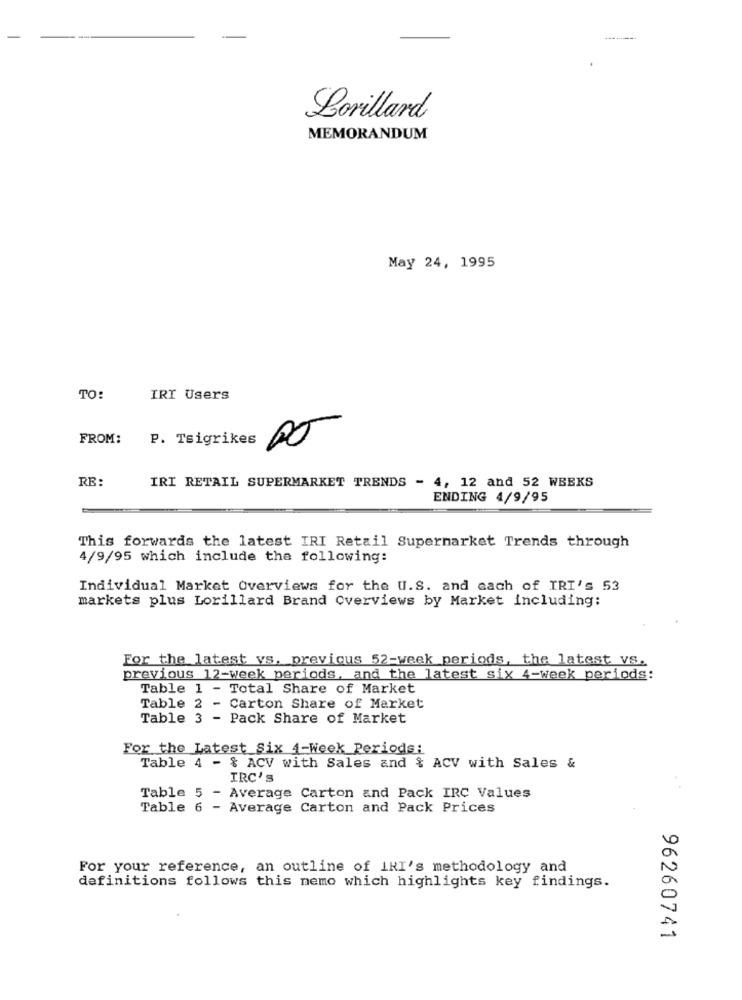
Lorillard
MEMORANDUM
May 24, 1995
TO:
IRI Users
8
FROM:
P. Tsigrikes
RE:
IRI RETAIL SUPERMARKET TRENDS - 4, 12 and 52 WEEKS
ENDING 4/9/95
This forwards the latest IRI Retail Supermarket Trends through
4/9/95 which include the following:
Individual Market Overviews for the U.S. and each of IRI's 53
markets plus Lorillard Brand Overviews by Market including:
For the latest vs. previous 52-week periods, the latest vs.
previous 12-week periods, and the latest six 4-week periods:
Table 1 - Total Share of Market
Table 2 - Carton Share of Market
Table 3 - Pack Share of Market
For the Latest Six 4-Week Periods:
Table 4 - & ACV with Sales and & ACV with Sales &
IRC'S
Table 5 - Average Carton and Pack IRC Values
Table 6 - Average Carton and Pack Prices
For your reference, an outline of INI's methodology and
definitions follows this nemo which highlights key findings.
96260741